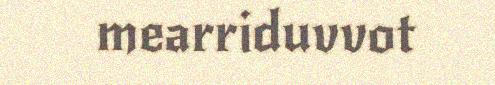
mearriduvvot